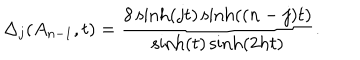
LaTeX: \Delta _ { j } ( A _ { n - 1 } , t ) = \frac { 8 \sinh \left( j t \right) \sinh ( ( n - j ) t ) } { \sinh ( t ) \sinh ( 2 h t ) } .